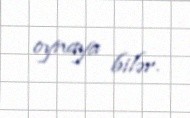
oynaya bilər.